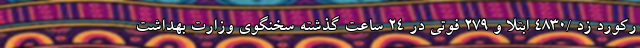
رکورد زد /۴۸۳۰ ابتلا و ۲۷۹ فوتی در ۲۴ ساعت گذشته سخنگوی وزارت بهداشت